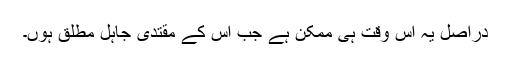
دراصل یہ اس وقت ہی ممکن ہے جب اس کے مقتدی جاہل مطلق ہوں۔